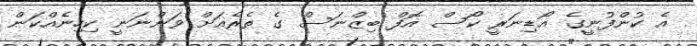
އެ ކުންފުނީގެ އޯޑިނަރީ ކޯސް އޮފް ބިޒްނަސް ގެ ތެރެއަށް ވަންނަނީ ކިހިނެއްކަން